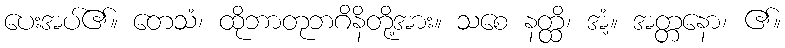
ပေးအပ်၏။ တေသံ၊ ထိုဘာတုဘဂိနိတို့အား။ သစေ နတ္ထိ၊ အံ့။ အတ္တနော၊ ၏။